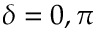
\delta = 0 , \pi